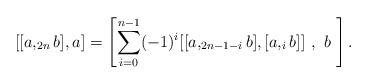
LaTeX: \begin{align*}[[a,_{2n}b],a]=\left[\sum_{i=0}^{n-1}(-1)^{i}[[a,_{2n-1-i}b],[a,_{i}b]]\ ,\ b\ \right].\end{align*}